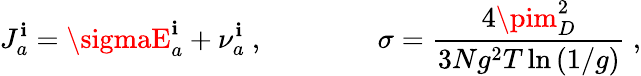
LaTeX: J_{a}^{\mathbf{i}}=\sigmaE_{a}^{\mathbf{i}}+\nu_{a}^{\mathbf{i}}\ ,\quad\quad\quad\quad\sigma=\frac{{4\pim_{D}^{2}}}{{3Ng^{2}T\ln\left(1/g\right)}}\ ,